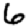
Digit: 6